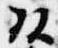
頭